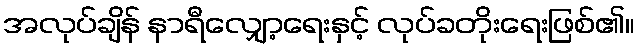
အလုပ်ချိန် နာရီလျှော့ရေးနှင့် လုပ်ခတိုးရေးဖြစ်၏။